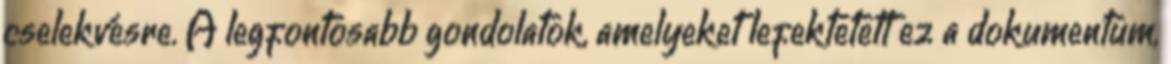
cselekvésre. A legfontosabb gondolatok, amelyeket lefektetett ez a dokumentum,